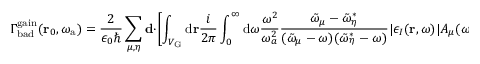
\Gamma _ { \mathrm { b a d } } ^ { \mathrm { g a i n } } ( \mathbf { r } _ { 0 } , \omega _ { \mathrm { a } } ) = \frac { 2 } { \epsilon _ { 0 } \hbar } \sum _ { \mu , \eta } \mathbf { d } \cdot \left[ \int _ { V _ { \mathrm { G } } } { \mathrm d } { \bf r } \frac { i } { 2 \pi } \int _ { 0 } ^ { \infty } { \mathrm d } \omega \frac { \omega ^ { 2 } } { \omega _ { a } ^ { 2 } } \frac { \tilde { \omega } _ { \mu } - \tilde { \omega } _ { \eta } ^ { * } } { ( \tilde { \omega } _ { \mu } - \omega ) ( \tilde { \omega } _ { \eta } ^ { * } - \omega ) } | \epsilon _ { I } ( \mathbf { r } , \omega ) | A _ { \mu } ( \omega _ { a } ) A _ { \eta } ^ { * } ( \omega _ { a } ) \tilde { \mathbf { f } } _ { \mu } ( \mathbf { r } _ { 0 } ) \tilde { \mathbf { f } } _ { \mu } ( \mathbf { r } ) \cdot \tilde { \mathbf { f } } _ { \eta } ^ { * } ( \mathbf { r } ) \tilde { \mathbf { f } } _ { \eta } ^ { * } ( \mathbf { r } _ { 0 } ) \right] \cdot \mathbf { d } ,